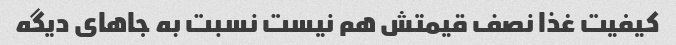
کیفیت غذا نصف قیمتش هم نیست نسبت به جاهای دیگه